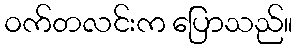
ဝက်တလင်းက ပြောသည်။